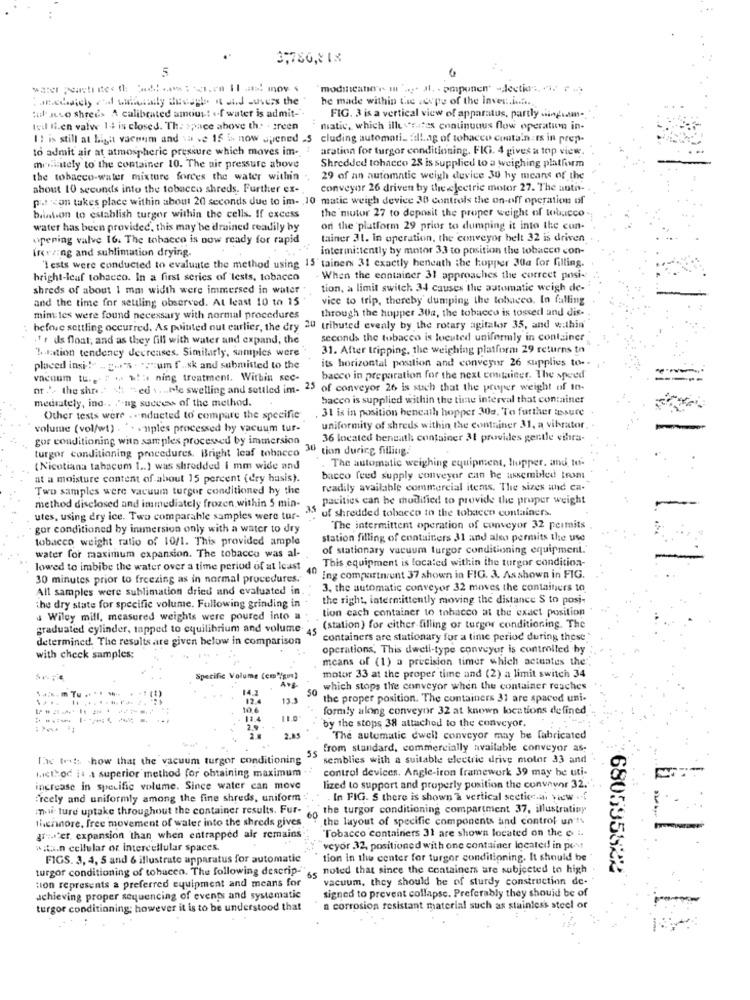
3,786,818
5
modificaher m' .... il. . pmponen' -dectias. ch. . ...
he made within tac .copy of the inver .....
tul Juco shrees A calibrated amount of water is admit-".
FIG. 3 is a vertical view of apparatus, partly ding.am-
Ivi Ii.en valw 1+ is closed. The space above the . green
matic, which ille rates continuous flow operation in-
I: is still at Liga vaconm and va ve 15 i now opened .5
cluding automati_ : il.ag of tobacco contain ts in prep-
to admit air at atmospheric pressure which moves im-
aration for turgor conditioning. FIG. 4 gives a top view.
morintely to the container 10. The air pressure above
Shredded tobacco 28 is supplied to a weighing platform
the tobacco-water mixture forces the water within
29 of an automatic weigh device 30 hy means of the
about 10 seconds into the tobacco shreds. Further ex-
conveyor 26 driven by the electric motor 27. The auto-
pat con takes place within about 20 seconds due to im- 10 matic weigh device 30 controls the on-off operation of
the 'motor 27 to deposit the proper weight of tobacco
binson to establish turgor within the cells. If excess
water has been provided, this may be drained readily hy
on the platform 29 prior to dumping it into the con-
opening valve 16. The tobacco is now ready for rapid
tainer 31. In operation, the conveyor helt 32 is driven
Inring and sublimation drying.
intermittently by motor 33 to position the tobacco con-
'I ests were conducted to evaluate the method using 15' tainers 31 exactly beneath the hopper 30a for filling.
bright-leaf tobacco. In a first series of tests, tobacco
When the container 31 approaches the correct posi-
shreds of about 1 mm width were immersed in water
tion, a limit switch 34 causes the automatic weigh de-
and the time for settling observed. At least 10 to 15
vice to trip, thereby dumping the tobacco. In falling
through the hupper 30a, the tobacco is tossed and dis -.
minutes were found necessary with normal procedures
before settling occurred. As pointed out earlier, the cry 20 tributed evenly by the rotary agitator 35, and v.thin'
1 r ds float; and as they fill with water and expand, the
seconds the tobacco is located uniformly in container
'Llation tendency decreases, Similarly, samples were
31. After tripping, the weighing platform: 29 returns to
its horizontal position and conveyor 26 supplies to- -
placed insi -!-
- g-serum f .. sk and submitted to the
vacuum tu .. " > >: ning treatment. Within sec-
bacco in preparation for the next container. The speed
nt .'. the shr. . "
M "ed .... ple swelling and settled im-
25
of conveyor 26 is such that the proper weight of in-
mediately, ind -. . "-ng success of the method.
bacco is supplied within the time interval that container
31 is in position beneath hopper 30g. To further assure
Other tests were . . nducted to compare the specific
volume (vol/wt) . .. . nples processed by vacuum tur-
uniformity of shreds within the container 31, a vibrator.
gor conditioning with samples processed by immersion
36 located beneath container 31 provides gentle vihra-
turgor conditioning procedures. Bright leaf tobacco
30 tion during filling.
The automatic weighing equipment, Hupper, and to.
(Nicotiana tabacum 1 .. ) was shredded i mm wide and
at a moisture content of about 15 percent (dry hasis).
bacco feed supply conveyor can he assembled trom
Two samples were vacuum turgor conditioned by the
readily available commercial items. The sizes und ca-
pacities can be modified to provide the proper weight
method disclosed and immediately frozen within 5 min-
uf shredded tobacco to the tobacco containers.
utes, using dry ice. Two comparable samples were tur-
gor conditioned by immersion only with a water to dry
The intermittent operation of conveyor 32 permits .
tobacco weight ratio of 10/1. This provided ample
station filling of containers 31 and also permits the use
of stationary vacuum turgor conditioning equipment.
water for maximum expansion. The tobacco was al-
This equipment is located within the turgor condition-
lowed to imbibe the water over a time period of at least
40
30 minutes prior to freezing as in normal procedures.
Ing compartment 37 shown in FIG. 3. Asshown in FIG.
All samples were sublimation dried and evaluated in
3. the automatic conveyor 32 moves the containers to
the right, intermittently moving the distance $ to posi-
the dry state for specific volume. Following grinding in
tion cach container to tobacco at the exact position
Wiley mill, measured weights were poured into a
graduated cylinder, tapped to equilibrium and volume 45
(station) for either filling or turgor conditioning. The
determined. The results are given below in comparison
containers are stationary for a time period during these"
operations. This dwell-type conveyor is controlled hy
with check samples:
means of (1) a precision timer which actuates the".
Specific Volume (cm"/go)
motor 33 at the proper time and (2) a limit switch 34
14.
50
which stops the conveyor when the container reaches
....
13.3
the proper position. The containers 31 are spaced uni-
10.6
formly along conveyor 32 at known locations defined
by the stops 38 attached to the conveyor.
The automatic dwell conveyor may be fabricated
5s
from standard, commercially available conveyor as:
The toets how that the vacuum turgor conditioning
semblies with a suitable electric drive motor 33 and
MICICod is .t superior method for obtaining maximum
control devices. Angle-iron framework 39 may be uti-
increase in specific volume. Since water can move
lized to support and properly position the conveyor 32 ..
Freely and uniformly among the fine shreds, uniform
In FIG. S there is shown a vertical sectiona new
in.w ture uptake throughout the container results. Fur-
the turgor conditioning compartment 37, illustratiny
thchnore, free movement of water into the shreds gives
the layout of specific components and control un'ts
Tobacco containers 31 are shown located on the e i.
greater. expansion than when entrapped air remains
with.n cellular or intercellular spaces.
veyor 32, positioned with one container located in post
FIGS. 3, 4, 5 and 6 illustrate apparatus for automatic
tion in the center for turgor conditioning. It should be
turgor conditioning of tohuceo. The following descrip-" ,, noted that since the containers are subjected to high
680535422
tion represents a preferred equipment and means for
vacuum, they should be of sturdy construction de-
achieving proper sequencing of evenps and systematic
signed to prevent collapse. Preferably they should be of
turgor conditioning; however it is to be understood that
n corrosion resistant material such as stainless steel or